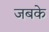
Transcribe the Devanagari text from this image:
जबके